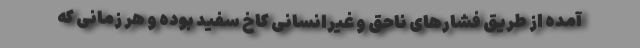
آمده از طریق فشارهای ناحق و غیرانسانی کاخ سفید بوده و هر زمانی که